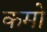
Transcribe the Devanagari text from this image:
कमों